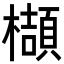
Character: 𬅁